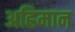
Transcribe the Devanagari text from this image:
अह्रिमान